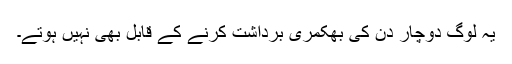
یہ لوگ دوچار دن کی بھکمری برداشت کرنے کے قابل بھی نہیں ہوتے۔